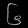
Digit: ၆